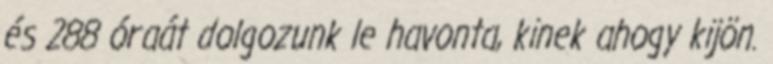
és 288 óraát dolgozunk le havonta, kinek ahogy kijön.